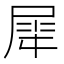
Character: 𫵠